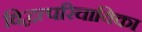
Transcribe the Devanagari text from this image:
विद्वत्परिचायिका